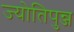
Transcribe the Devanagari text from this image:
ज्योतिपुन्ज